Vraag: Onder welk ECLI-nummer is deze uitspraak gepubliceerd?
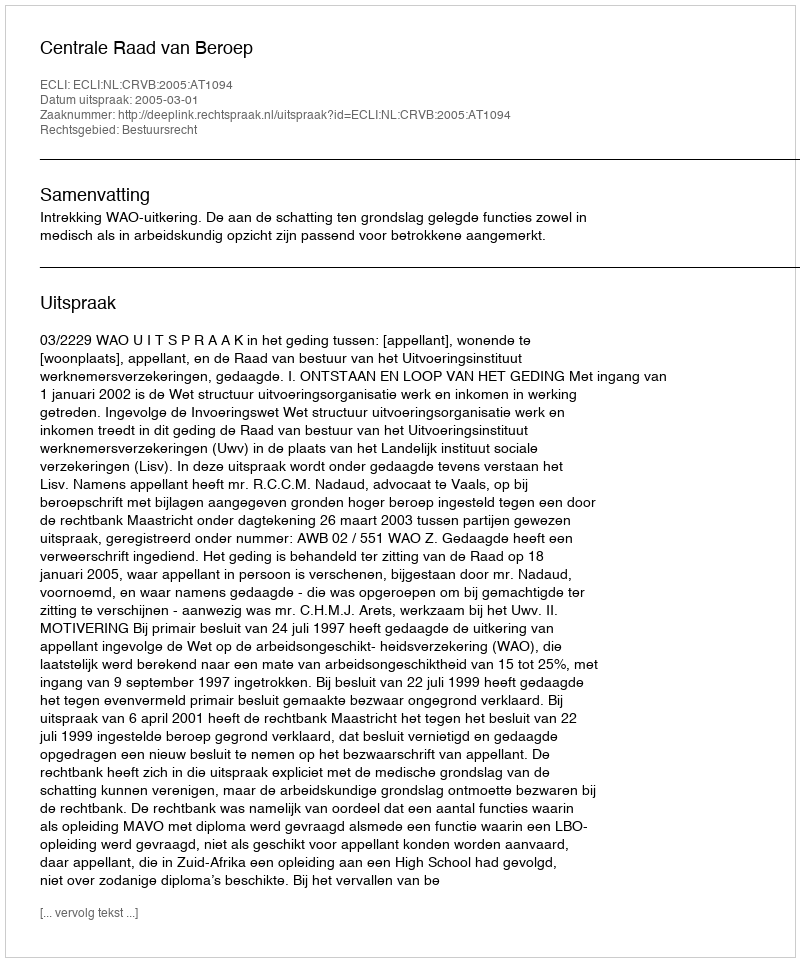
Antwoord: ECLI:NL:CRVB:2005:AT1094